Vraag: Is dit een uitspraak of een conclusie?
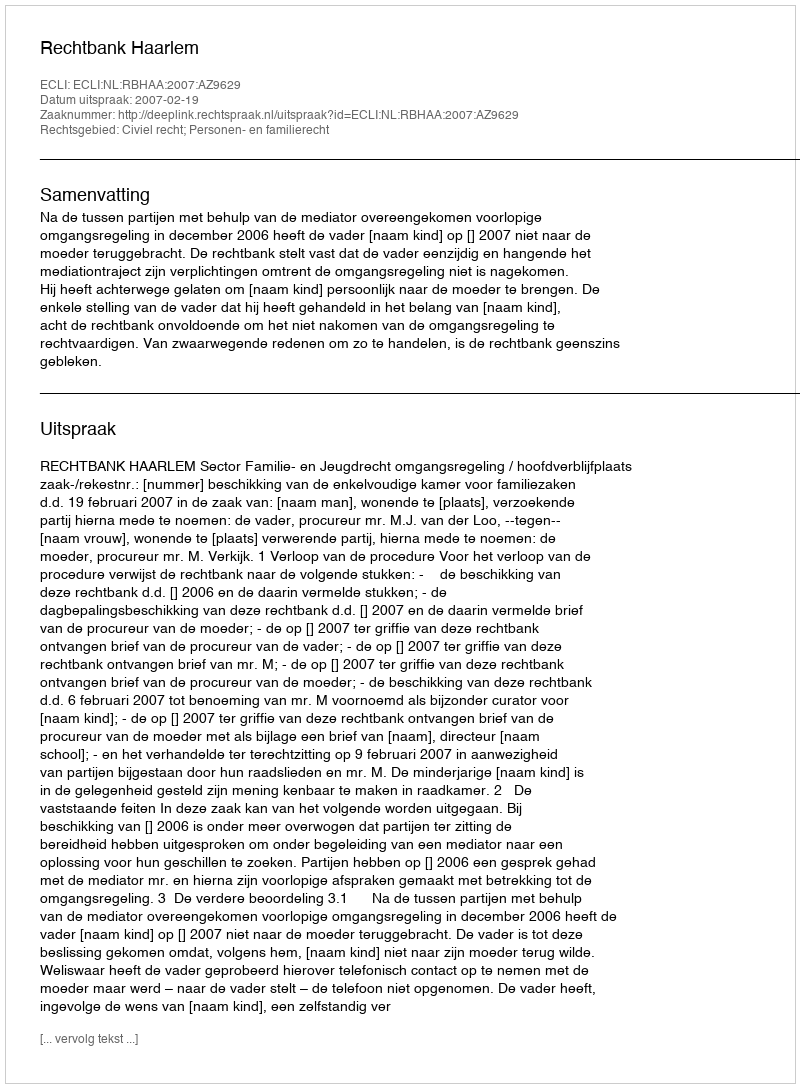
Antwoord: Uitspraak